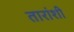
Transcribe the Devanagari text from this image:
तारांशी